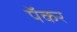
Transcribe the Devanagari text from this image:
पॅकर